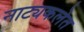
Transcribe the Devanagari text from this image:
नाट्यकलेत